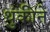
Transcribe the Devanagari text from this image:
थुंकीने